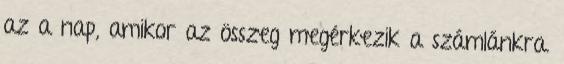
az a nap, amikor az összeg megérkezik a számlánkra.